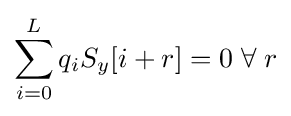
\sum _{i=0}^{L}q_{i}S_{y}[{i+r}]=0\;\forall \;r